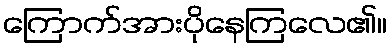
ကြောက်အားပိုနေကြလေ၏။